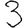
Digit: 3